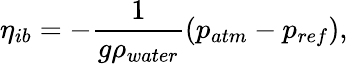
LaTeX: \eta_{ib}=-\frac{1}{g\rho_{water}}(p_{atm}-p_{ref}),